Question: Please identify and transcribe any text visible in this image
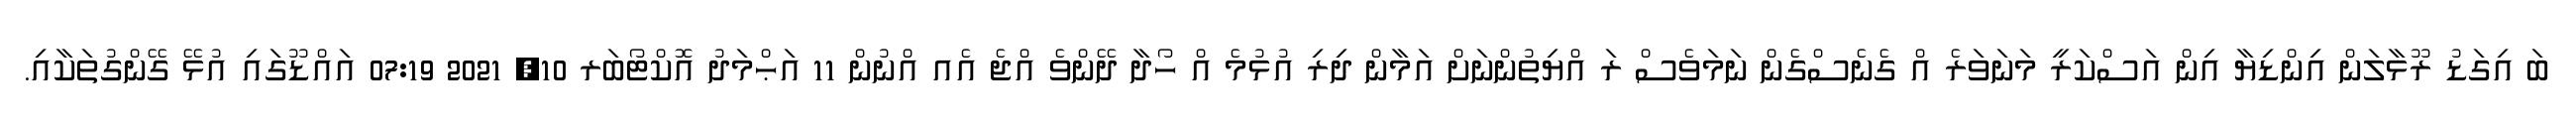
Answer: ބަ އިގަޑު ރޫޅާލަން އިންޑިޔާ އިން އަސްކަރީ މަނަވަރެ އް ގެނެސްގެން ނަމަވެސް ރަ އްޔިތުންނަށް އަމާން ދިރި އުޅުމެ އް ހޯދާ ދޭންވެ އްޖެ އެއ އްނުން 11 އަޙްމަދު އޮކްޓޯބަރ 10, 2021 07:19 އައްޑޫގައި އުޅޭ ގޭންގުތަކާއި.